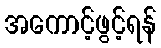
အကောင့်ဖွင့်ရန်